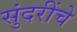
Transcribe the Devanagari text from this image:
सुंदरींचे